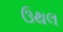
ઉથલ